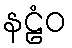
နဠံဝ